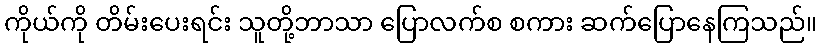
ကိုယ်ကို တိမ်းပေးရင်း သူတို့ဘာသာ ပြောလက်စ စကား ဆက်ပြောနေကြသည်။